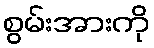
စွမ်းအားကို